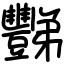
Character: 豒